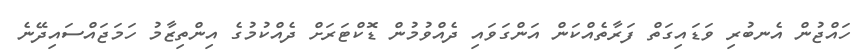
ހައްޖުން އެނބުރި ވަޑައިގަތް ފަރާތެއްކަން އަންގަވައި ދެއްވުމުން ޑޮކްޓަރަށް ދެއްކުމުގެ އިންތިޒާމު ހަމަޖައްސައިދޭނެ